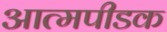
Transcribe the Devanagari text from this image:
आत्मपीडक